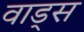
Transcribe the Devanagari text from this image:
वाड्स